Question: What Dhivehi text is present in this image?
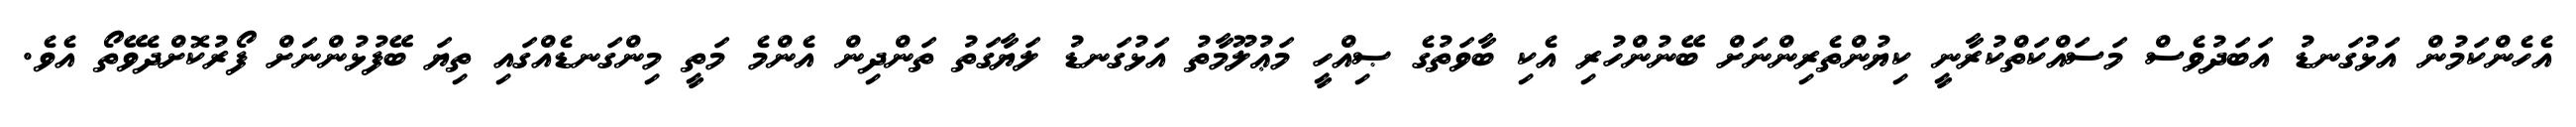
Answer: އެހެންކަމުން އަޅުގަނޑު އަބަދުވެސް މަސައްކަތްކުރާނީ ކިޔުންތެރިންނަށް ބޭނުންހުރި އެކި ބާވަތުގެ ޞިއްހީ މަޢުލޫމާތު އަޅުގަނޑު ލަޔާގަތު ތަންދިން އެންމެ މަތީ މިންގަނޑެއްގައި ތިޔަ ބޭފުޅުންނަށް ފޯރުކޮށްދެވޭތޯ އެވެ.